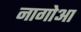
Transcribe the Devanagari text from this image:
नागोआ